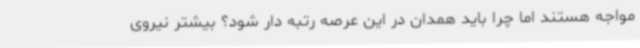
مواجه هستند اما چرا باید همدان در این عرصه رتبه دار شود؟ بیشتر نیروی